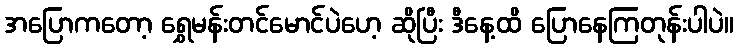
အပြောကတော့ ရွှေမန်းတင်မောင်ပဲဟေ့ ဆိုပြီး ဒီနေ့ထိ ပြောနေကြတုန်းပါပဲ။